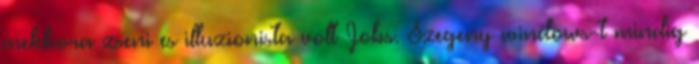
mekkora zseni es illuzionista volt Jobs. Szegeny windows-t mindig